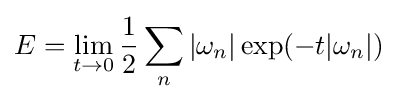
E=\lim _{t\to 0}{\frac {1}{2}}\sum _{n}|\omega _{n}|\exp(-t|\omega _{n}|)